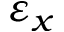
\varepsilon _ { x }